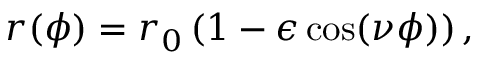
r ( \phi ) = r _ { 0 } \left( 1 - \epsilon \cos ( \nu \phi ) \right) ,